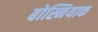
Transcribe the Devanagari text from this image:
बोस्नियाक